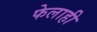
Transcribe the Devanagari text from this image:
फेलाही